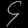
Digit: ၄